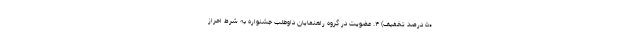
۵۰ درصد تخفیف) ۴. عضویت در گروه راهنمایان داوطلب جشنواره به شرط احراز